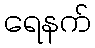
ရေနက်